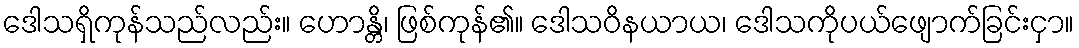
ဒေါသရှိကုန်သည်လည်း။ ဟောန္တိ၊ ဖြစ်ကုန်၏။ ဒေါသဝိနယာယ၊ ဒေါသကိုပယ်ဖျောက်ခြင်းငှာ။